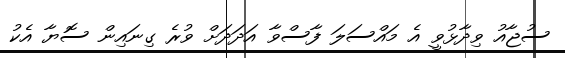
ސުޖާއު ވިދާޅުވީ އެ މައްސަލަ ފާސްވާ އަދަދަށް ވުރެ ގިނައިން ސޮޔާ އެކު